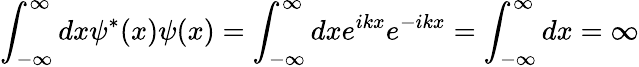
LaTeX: \int_{-\infty}^{\infty}dx\psi^{*}(x)\psi(x)=\int_{-\infty}^{\infty}dxe^{ikx}e^{-ikx}=\int_{-\infty}^{\infty}dx=\infty